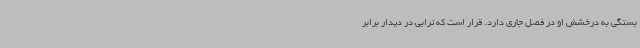
بستگی به درخشش او در فصل جاری دارد. قرار است که ترابی در دیدار برابر